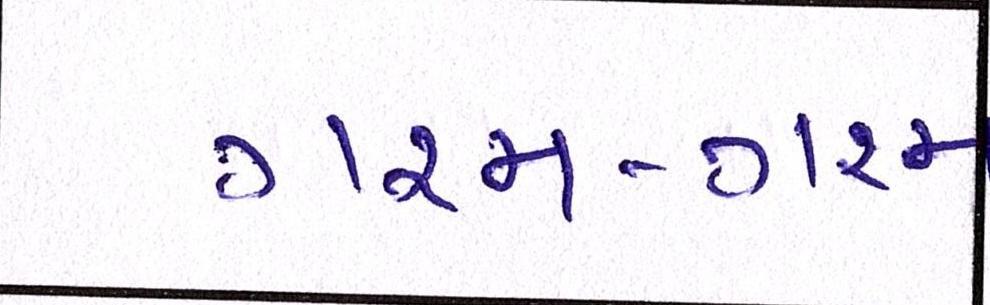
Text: ગરમ-ગરમ